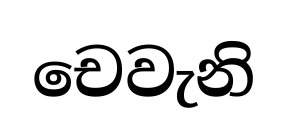
චෙවැනි